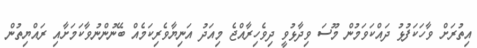
އިތުރަށް ވާހަކަފުޅު ދައްކަވަމުން މޫސަ ވިދާޅުވީ ދިވެހިރާއްޖެ މިއަދު އަނިޔާވެރިކަމެއް ބޭނުންނުވާކަމަށާއި ރައްޔިތުން